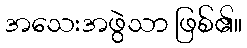
အသေးအဖွဲသာ ဖြစ်၏။